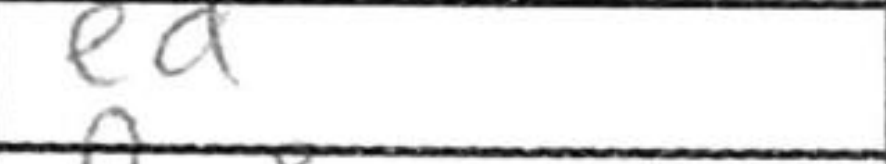
Transcription: ed